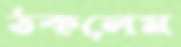
ঠকলেম